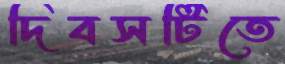
দিবসটিতে